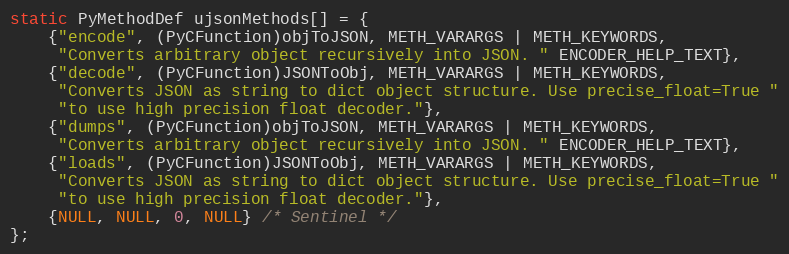
Language: C
static PyMethodDef ujsonMethods[] = {
    {"encode", (PyCFunction)objToJSON, METH_VARARGS | METH_KEYWORDS,
     "Converts arbitrary object recursively into JSON. " ENCODER_HELP_TEXT},
    {"decode", (PyCFunction)JSONToObj, METH_VARARGS | METH_KEYWORDS,
     "Converts JSON as string to dict object structure. Use precise_float=True "
     "to use high precision float decoder."},
    {"dumps", (PyCFunction)objToJSON, METH_VARARGS | METH_KEYWORDS,
     "Converts arbitrary object recursively into JSON. " ENCODER_HELP_TEXT},
    {"loads", (PyCFunction)JSONToObj, METH_VARARGS | METH_KEYWORDS,
     "Converts JSON as string to dict object structure. Use precise_float=True "
     "to use high precision float decoder."},
    {NULL, NULL, 0, NULL} /* Sentinel */
};